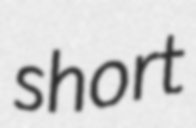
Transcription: short